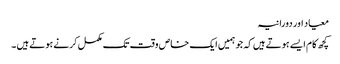
معیاد اور دورانیہ
کچھ کام ایسے ہوتے ہیں کہ جو ہمیں ایک خاص وقت تک مکمل کرنے ہوتے ہیں ۔